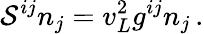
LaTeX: {\cal S}^{ij}n_{j}=v_{L}^{2}g^{ij}n_{j}\, .